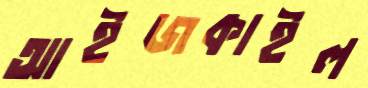
আইজকাইল